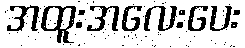
အထူးအလေးပေး